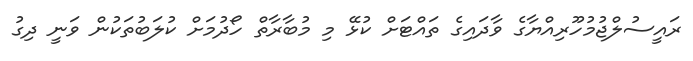
ރައީސުލްޖުމުހޫރިއްޔާގެ ވާދައިގެ ތައްޓަށް ކުޅޭ މި މުބާރާތް ހޯދުމަށް ކުލަބުތަކުން ވަނީ ދިގު